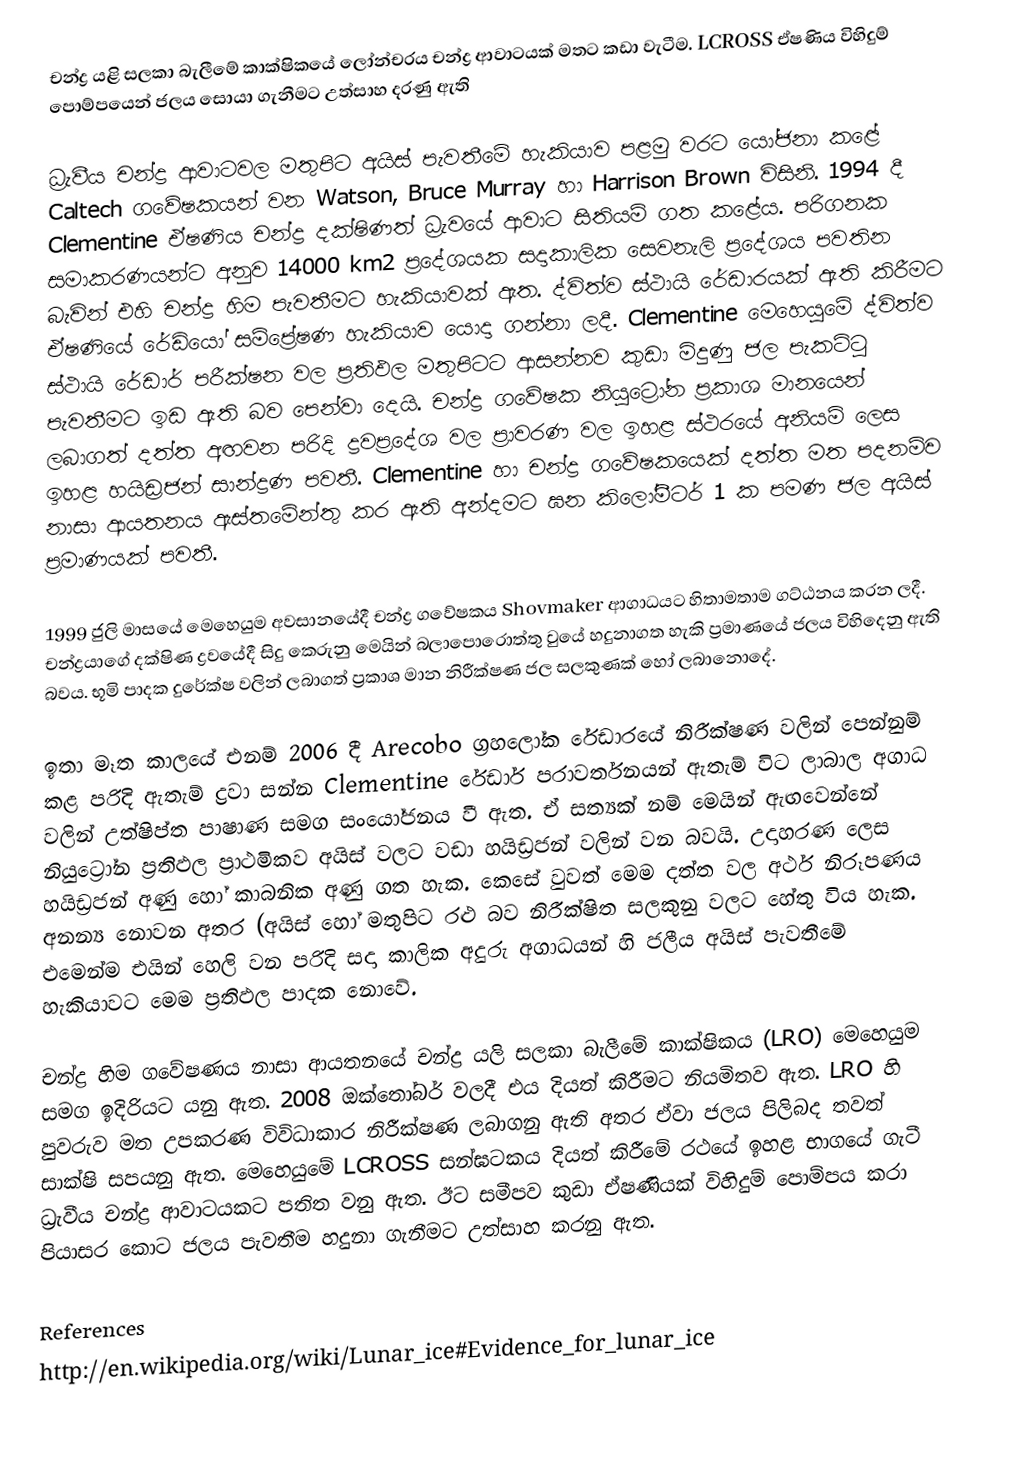
චන්ද්‍ර යළි සලකා බැලීමේ කාක්ෂිකයේ ලෝන්චරය චන්ද්‍ර ආවාටයක් මතට කඩා වැටීම. LCROSS ඒෂණිය විහිදුම් පොම්පයෙන් ජලය සොයා ගැනීමට උත්සාහ දරණු ඇති

ධ්‍රැවීය චන්ද්‍ර ආවාටවල මතුපිට අයිස් පැවතීමේ හැකියාව පළමු වරට යෝජනා කළේ Caltech ගවේෂකයන් වන Watson, Bruce Murray හා Harrison Brown විසිනි. 1994 දී Clementine ඒෂණිය චන්ද්‍ර දක්ෂිණත් ධ්‍රැවයේ ආවාට සිතියම් ගත කළේය. පරිගනක සමාකරණයන්ට අනුව 14000 km2 ප්‍රදේශයක සදාකාලික සෙවනැලි ප්‍රදේශය පවතින බැවින් එහි චන්ද්‍ර හිම පැවතීමට හැකියාවක් ඇත. ද්විත්ව ස්ථායි රේඩාරයක් ඇති කිරීමට ඒෂණියේ රේඩියෝ සම්ප්‍රේෂණ හැකියාව යොදා ගන්නා ලදී. Clementine මෙහෙයුමේ ද්විත්ව ස්ථායි රේඩාර් පරීක්ෂන වල ප්‍රතිඵල  මතුපිටට ආසන්නව කුඩා මිදුණු ජල පැකට්ටු පැවතීමට ඉඩ ඇති බව පෙන්වා දෙයි. චන්ද්‍ර ‍ගවේෂක නියුට්‍රෝන ප්‍රකාශ මානයෙන් ලබාගත් දත්ත අඟවන පරිදි ද්‍රව‍ප්‍රදේශ වල ප්‍රාවරණ වල ඉහළ ස්ථරයේ අනියම් ලෙස ඉහළ හයිඩ්‍රජන් සාන්ද්‍රණ පවතී. Clementine හා චන්ද්‍ර ගවේෂකයෙක් දත්ත මත පදනම්ව නාසා ආයතනය ඇස්තමේන්තු කර ඇති අන්දමට ඝන කිලෝමීටර් 1 ක පමණ ජල අයිස් ප්‍රමාණයක් පවතී.

1999 ජුලි මාසයේ මෙහෙයුම අවසානයේදී චන්ද්‍ර ගවේෂකය Shovmaker ආගාධයට හිතාමතාම ගට්ඨනය කරන ලදී. චන්ද්‍රයාගේ දක්ෂිණ ද්‍රවයේදී සිදු කෙරුනු මෙයින් බලාපොරොත්තු වුයේ හදුනාගත හැකි ප්‍රමාණයේ ‍ජලය විහිදෙනු ඇති බවය. භූමි පාදක දුරේක්ෂ වලින් ලබාගත් ප්‍රකාශ මාන නිරීක්ෂණ ජල සලකුණක් හෝ ලබානොදේ.

ඉතා මෑත කාලයේ එනම් 2006 දී Arecobo ග්‍රහ‍ලෝක රේඩාරයේ නිරීක්ෂණ වලින් පෙන්නුම් කළ පරිදි ඇතැම් ද්‍රවා සන්න Clementine රේඩාර් පරාවර්තනයන් ඇතැම් විට ලාබාල අගාධ වලින් උත්ෂිප්ත පාෂාණ සමග සංයෝජනය වී ඇත. ඒ සත්‍යක් නම්  මෙයින් ඇඟවෙන්නේ නියුට්‍රෝන ප්‍රතිඵල ප්‍රාථමිකව අයිස් වලට වඩා හයිඩ්‍රජන් වලින් වන බවයි. උදාහරණ ලෙස හයිඩ්‍රජන් අණු හෝ කාබනික අණු ගත හැක. කෙසේ වුවත් මෙම දත්ත වල අර්ථ නිරූපණය අනන්‍ය නොවන අතර (අයිස් හෝ මතුපිට රළු බව නිරීක්ෂිත සලකුනු වලට හේතු විය හැක. එමෙන්ම එයින් හෙලි වන පරිදි සදා කාලික අදුරු අගාධයන් හි ජලීය අයිස් පැවතීමේ හැකියාවට මෙම ප්‍රතිඵල පාදක නොවේ.

චන්ද්‍ර හිම ගවේෂණය නාසා ආයතනයේ චන්ද්‍ර යලි සලකා බැලීමේ කාක්ෂිකය (LRO) මෙහෙයුම සමග ඉදිරියට යනු ඇත. 2008 ඔක්තෝබර් වලදී එය දියත් කිරීමට නියමිතව ඇත. LRO හි පුවරුව මත උපකරණ විවිධාකාර නිරීක්ෂණ ලබාගනු ඇති අතර ඒවා ජලය පිලිබද තවත් සාක්ෂි සපයනු ඇත. මෙහෙයුමේ LCROSS සන්ඝටකය දියත් කිරීමේ රථයේ ඉහළ භාගයේ ගැටී ධ්‍රැවීය චන්ද්‍ර ආවාටයකට පතිත වනු ඇත. ඊට සමීපව කුඩා ඒෂණියක් විහිදුම් පොම්පය කරා පියාසර කොට ජලය පැවතීම හදුනා ගැනීමට උත්සාහ කරනු ඇත.

References
http://en.wikipedia.org/wiki/Lunar_ice#Evidence_for_lunar_ice